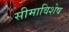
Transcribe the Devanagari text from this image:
सीमाविशेष